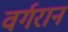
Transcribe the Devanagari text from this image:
वर्गरान